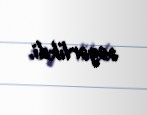
əsgərlikdi.